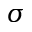
\sigma